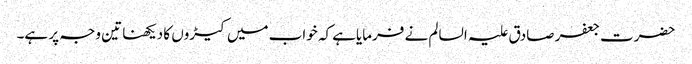
حضرت جعفر صادق علیہ السالم نے فرمایاہے کہ خواب میں کیڑوں کا دیکھنا تین وجہ پر ہے۔